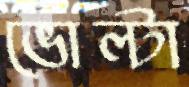
ভোল্টা